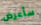
سأعرض